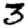
Digit: 3